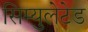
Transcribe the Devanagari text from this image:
सिम्युलेटेड